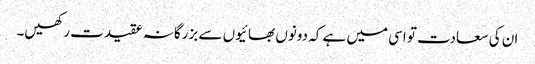
ان کی سعادت تو اسی میں ہے کہ دونوں بھائیوں سے بزرگانہ عقیدت رکھیں۔